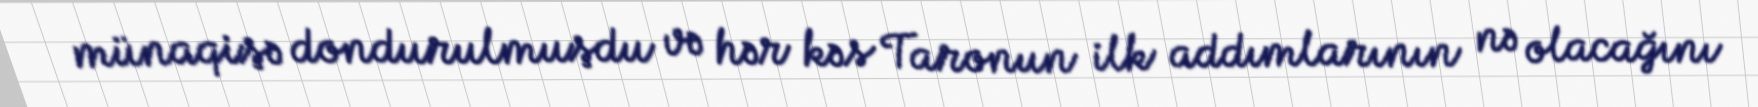
münaqişə dondurulmuşdu və hər kəs Taronun ilk addımlarının nə olacağını